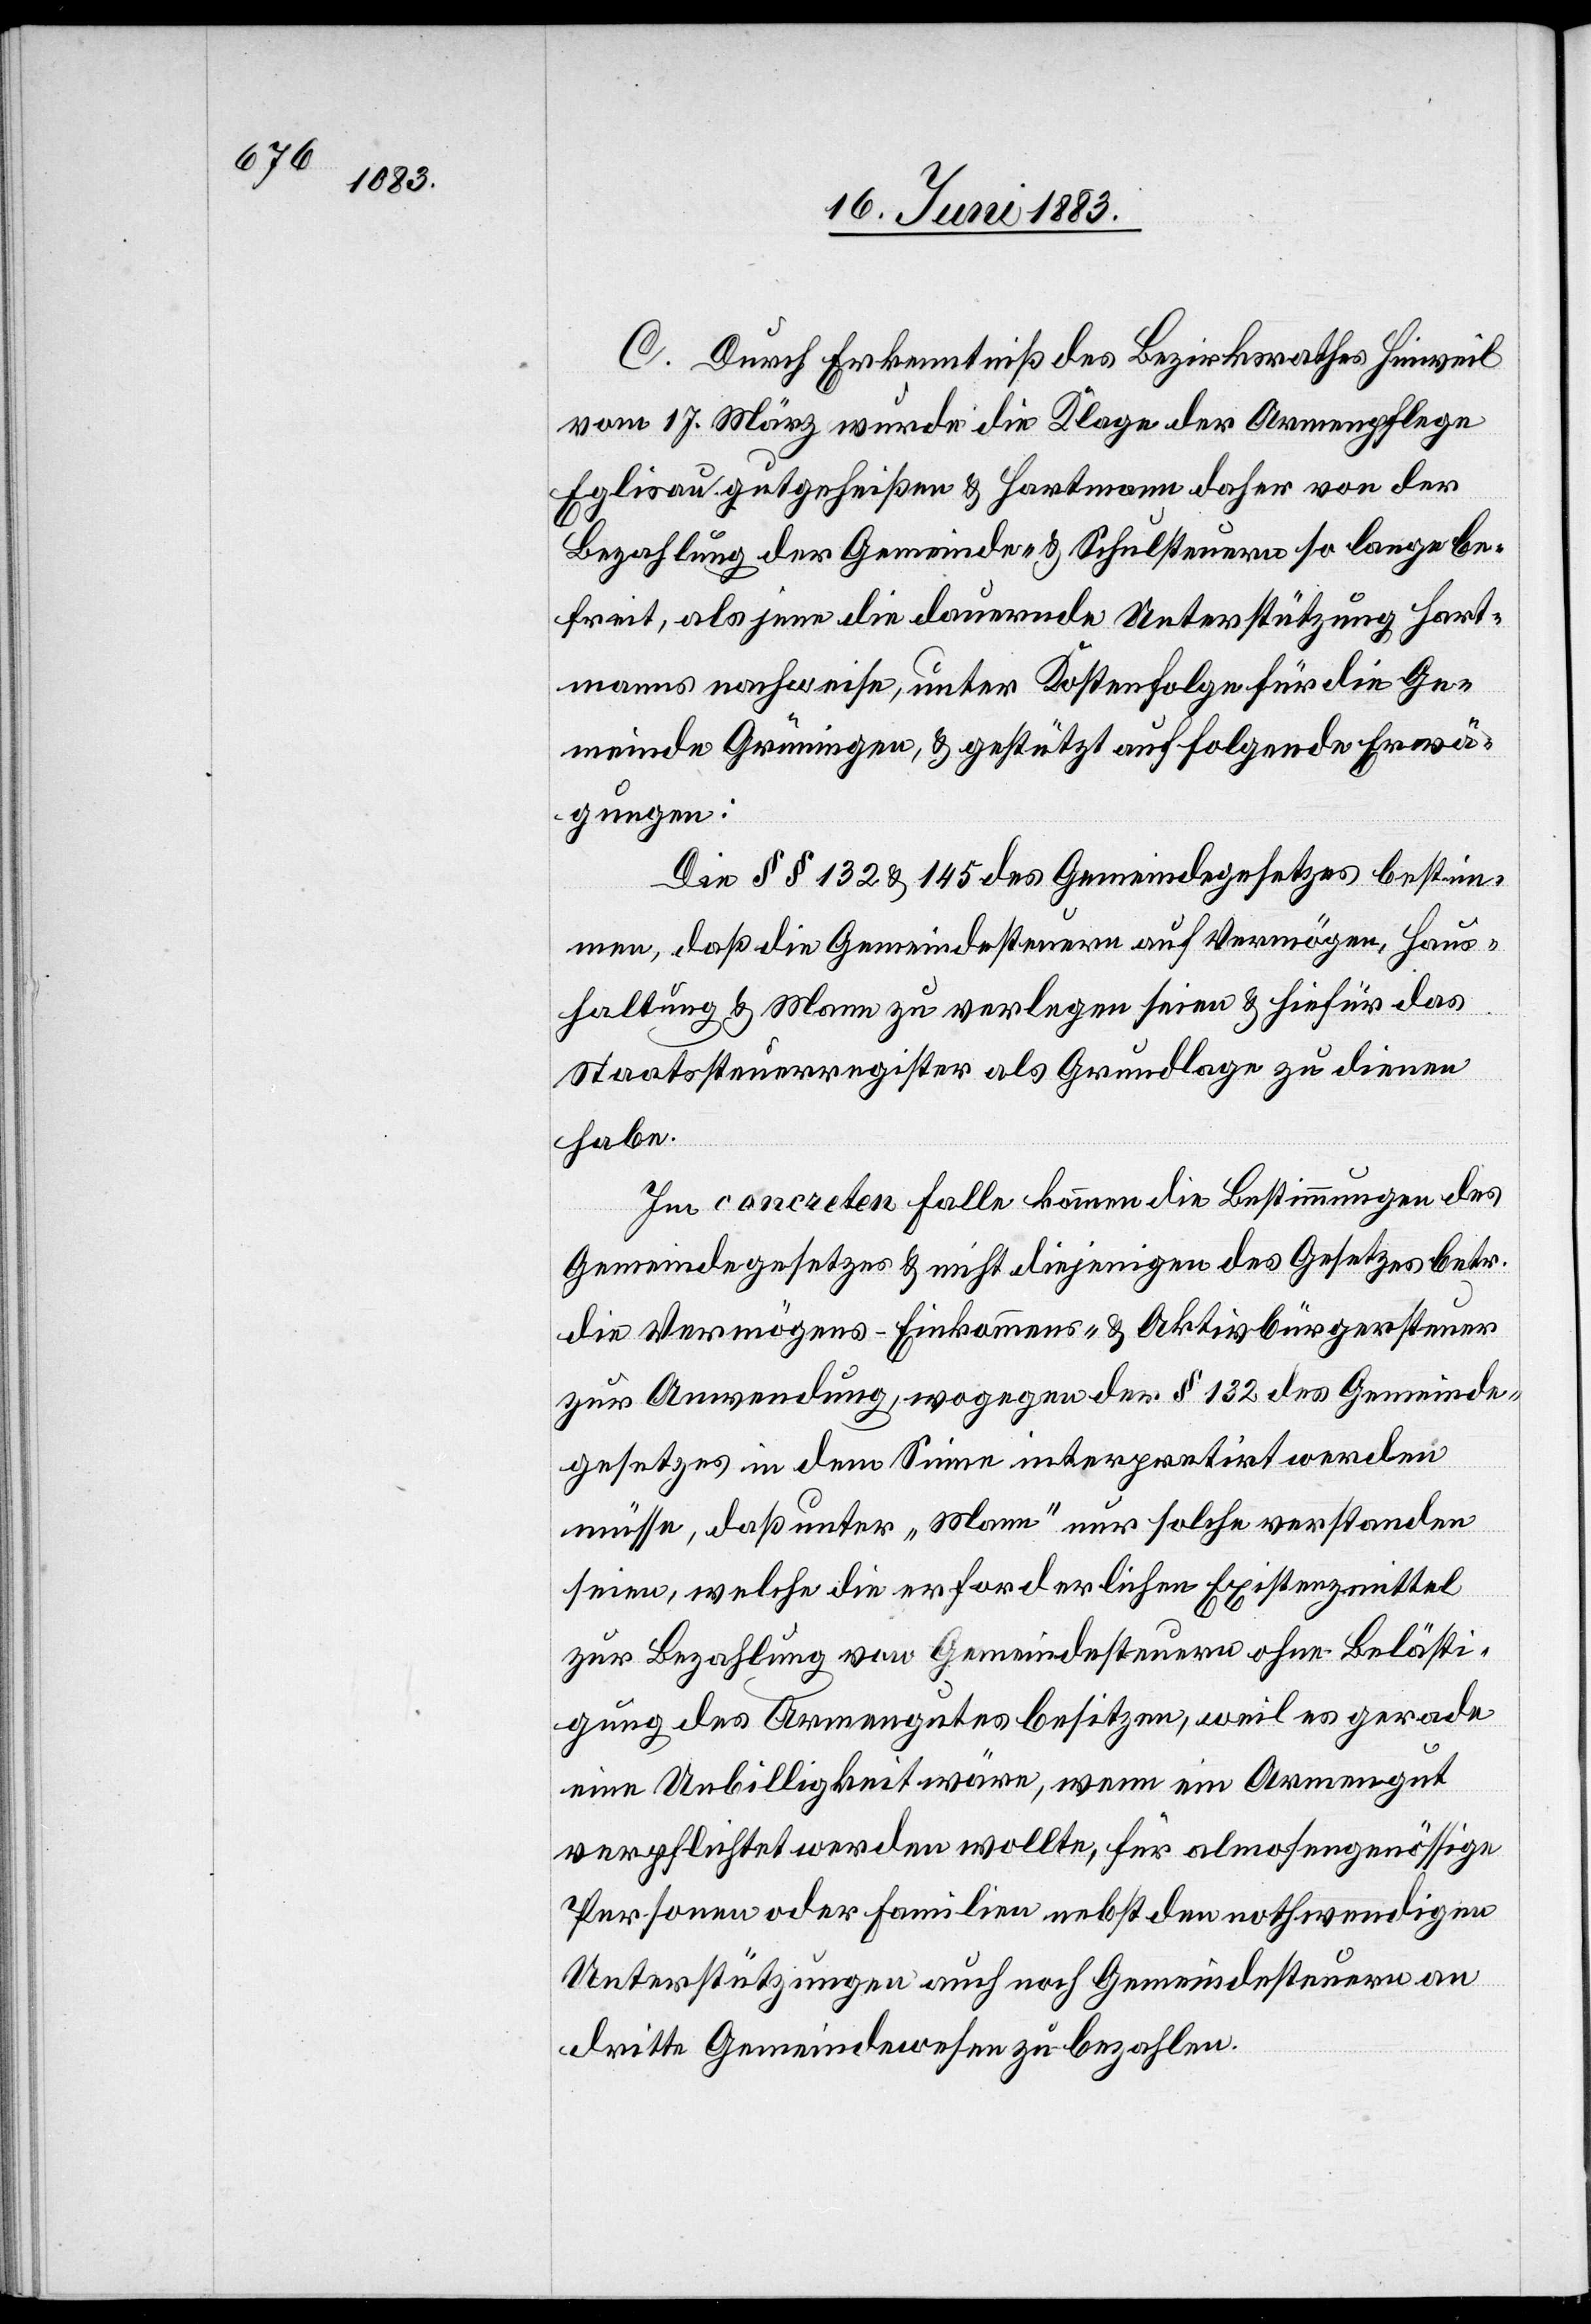
C. Durch Erkenntniß des Bezirksrathes Hinweil
vom 17. März wurde die Klage der Armenpflege
Eglisau gutgeheißen & Hartmann daher von der
Bezahlung der Gemeinde- & Schulsteuern so lange be¬
freit, als jene die dauernde Unterstützung Hart¬
manns nachweise, unter Kostenfolge für die Ge¬
meinde Grüningen, & gestützt auf folgende Erwä¬
gungen:
Die §§ 132 & 145 des Gemeindegesetzes bestim¬
men, daß die Gemeindesteuern auf Vermögen, Haus¬
haltung & Mann zu verlegen seien & hiefür das
Staatssteuerregister als Grundlage zu dienen
habe.
Im concreten Falle kommen die Bestimmungen des
Gemeindegesetzes & nicht diejenigen des Gesetzes betr.
die Vermögens-[,] Einkommens- & Aktivbürgersteuer
zur Anwendung, wogegen der § 132 des Gemeinde¬
gesetzes in dem Sinne interpretirt werden
müsse, daß unter „Mann“ nur solche verstanden
seien, welche die erforderlichen Existenzmittel
zur Bezahlung von Gemeindesteuern ohne Belästi¬
gung des Armengutes besitzen, weil es gerade
eine Unbilligkeit wäre, wenn ein Armengut
verpflichtet werden wollte, für almosengenössige
Personen oder Familien nebst den nothwendigen
Unterstützungen auch noch Gemeindesteuern an
dritte Gemeindewesen zu bezahlen.